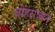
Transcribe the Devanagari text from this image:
जोहराजान